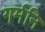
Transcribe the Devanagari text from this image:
गर्मनि